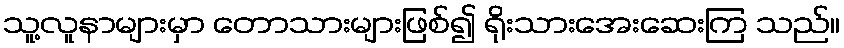
သူ့လူနာများမှာ တောသားများဖြစ်၍ ရိုးသားအေးဆေးကြ သည်။